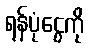
ရန်ပုံငွေကို